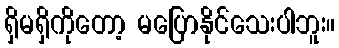
ရှိမရှိကိုတော့ မပြောနိုင်သေးပါဘူး။